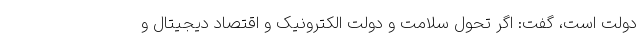
دولت است، گفت: اگر تحول سلامت و دولت الکترونیک و اقتصاد دیجیتال و